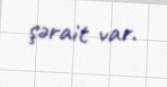
şərait var.